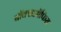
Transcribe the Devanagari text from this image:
बाॅक्सऑफिस